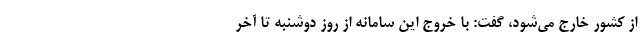
از کشور خارج می‌شود، گفت: با خروج این سامانه از روز دوشنبه تا آخر